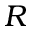
R